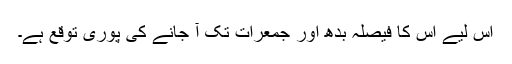
اس لیے اس کا فیصلہ بدھ اور جمعرات تک آ جانے کی پوری توقع ہے۔